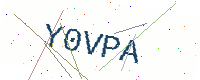
Text: Y0VPA